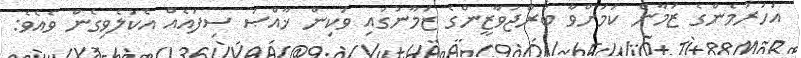
އަހަރުމެންގެ ޒަމާން ކަމަށްވާ ބުރްޖުވާޒީންގެ ޒަމާނުގައި ވަކިން ޚާއްޞަ ސިފައެއް އެކުލެވިގެން ވެއެވެ: